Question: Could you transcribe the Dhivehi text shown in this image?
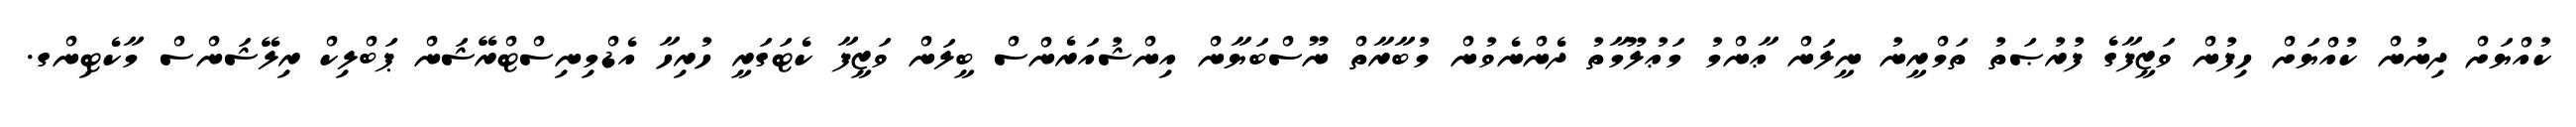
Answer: ކުއްޔަށް ދިނުން ކުއްޔަށް ހިފުން ވަޒީފާގެ ފުރުޞަތު ތަމްރީނު ނީލަން ޢާންމު މަޢުލޫމާތު ދެންނެވުން މުބާރާތް ނޫސްބަޔާން އިންޝުއަރެންސް ބީލަން ވަޒީފާ ކެޓަގަރީ ހުރިހާ އެޑްމިނިސްޓްރޭޝަން ޕަބްލިކް ރިލޭޝަންސް މާކެޓިންގ.